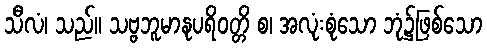
သီလံ၊ သည်။ သဗ္ဗဘူမာနုပရိဝတ္တိ စ၊ အလုံးစုံသော ဘုံ၌ဖြစ်သော